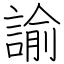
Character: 諭